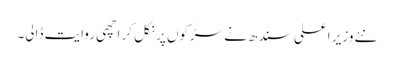
نئے وزیر اعلی سندھ نے سڑکوں پر نکل کر اچھی روایت ڈالی۔